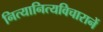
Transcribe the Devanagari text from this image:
नित्यानित्यविचारानें